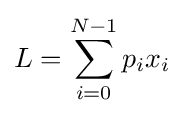
L=\sum _{i=0}^{N-1}p_{i}x_{i}